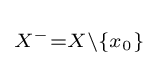
\scriptstyle {X^{-}=X\setminus \lbrace x_{0}\rbrace }